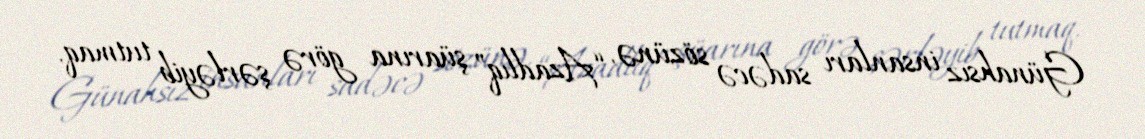
Günahsız insanları sadəcə sözünə, “Azadlıq” şüarına görə şərləyib tutmaq,